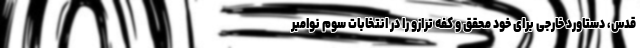
قدس، دستاورد خارجی برای خود محقق و کفه ترازو را در انتخابات سوم نوامبر